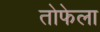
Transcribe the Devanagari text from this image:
तोफेला